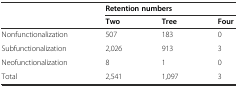
|  | <COLSPAN=3> Retention numbers |
 |  | Two | Tree | Four |
 | --- | --- | --- | --- |
 | Nonfunctionalization | 507 | 183 | 0 |
 | Subfunctionalization | 2,026 | 913 | 3 |
 | Neofunctionalization | 8 | 1 | 0 |
 | Total | 2,541 | 1,097 | 3 |